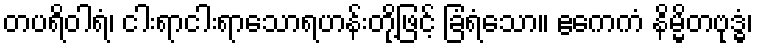
တပရိဝါရံ၊ ငါးရာငါးရာသောရဟန်းတို့ဖြင့် ခြံရံသော။ ဧကေကံ နိမ္မိတဗုဒ္ဓံ၊